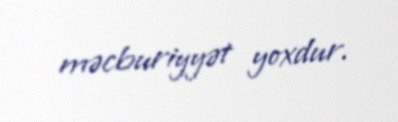
məcburiyyət yoxdur.